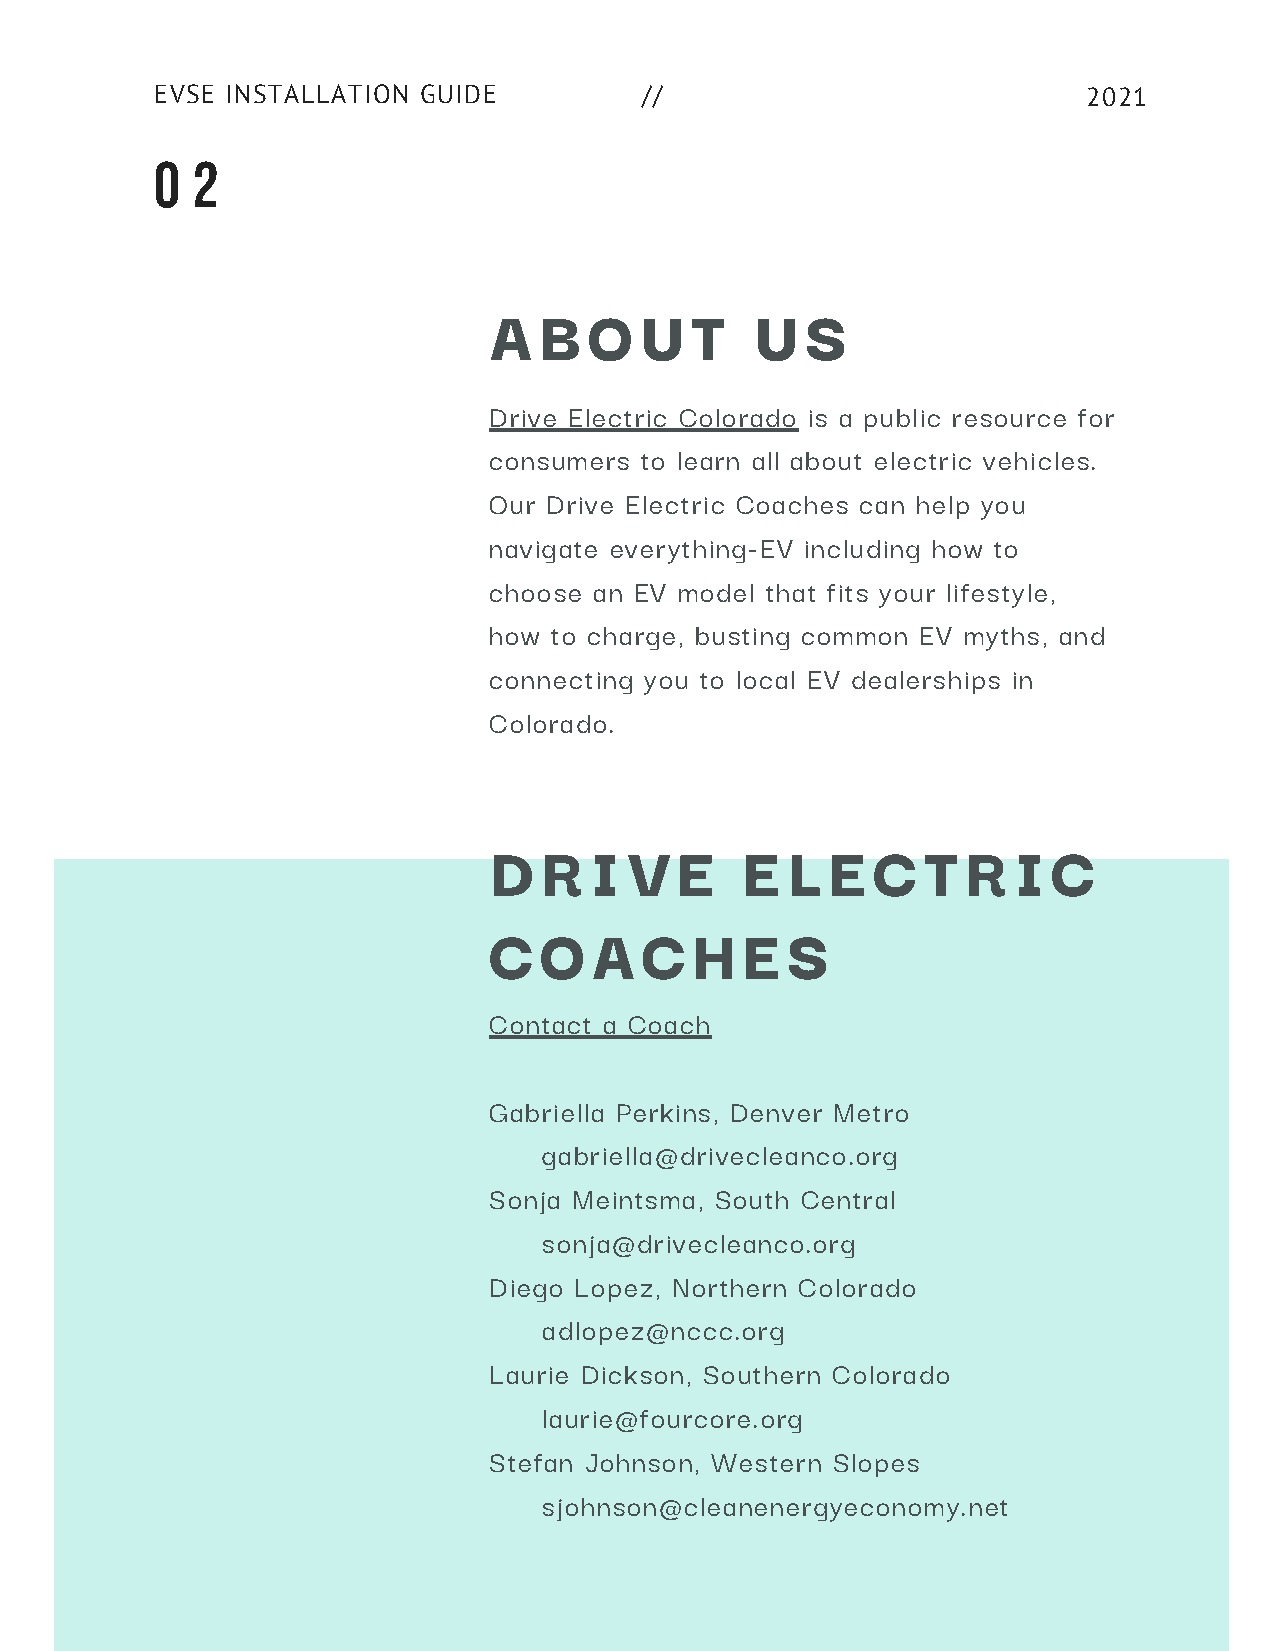
EVSE INSTALLATION GUIDE          //                           2021
 0  2
 A   B  O  U   T   U  S
 Drive Electric Colorado is a public resource for
 consumers to learn all about electric vehicles.
 Our Drive Electric Coaches can help you
 navigate everything-EV including how to
 choose an EV model that fits your lifestyle,
 how  to charge, busting common EV myths, and
 connecting you to local EV dealerships in
 Colorado.
 D   R  I  V  E   E  L  E  C  T  R  I  C
 C   O  A  C   H  E  S
 Contact a Coach
 Gabriella Perkins, Denver Metro
 gabriella@drivecleanco.org
 Sonja Meintsma, South Central
 sonja@drivecleanco.org
 Diego Lopez, Northern Colorado
 adlopez@nccc.org
 Laurie Dickson, Southern Colorado
 laurie@fourcore.org
 Stefan Johnson, Western Slopes
 sjohnson@cleanenergyeconomy.net